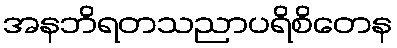
အနဘိရတသညာပရိစိတေန